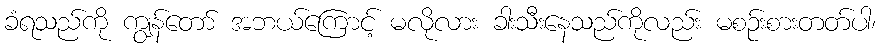
ခံရသည်ကို ကျွန်တော် အဘယ်ကြောင့် မလိုလား ခါးသီးနေသည်ကိုလည်း မစဉ်းစားတတ်ပါ၊